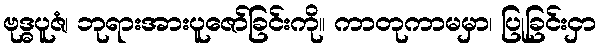
ဗုဒ္ဓပူဇံ၊ ဘုရားအားပူဇော်ခြင်းကို။ ကာတုကာမမှာ၊ ပြုခြင်းငှာ